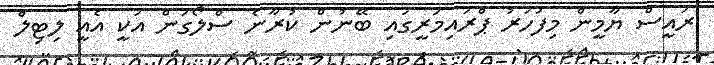
ރައީސް ޔާމީން މިފަހަރު ޕްރައިމަރީގައި ބޭނުން ކުރާނެ ސްލޯގަން އަކީ އެއީ ލިޓިލް